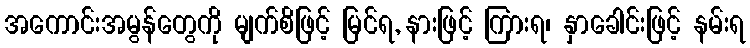
အကောင်းအမွန်တွေကို မျက်စိဖြင့် မြင်ရ, နားဖြင့် ကြားရ၊ နှာခေါင်းဖြင့် နမ်းရ